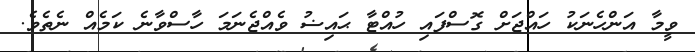
ވީމާ އަންހެނަކު ހައްޖަށް ގޮސްފައި ހުއްޓާ ޙައިޟު ވެއްޖެނަމަ ހާސްވާނެ ކަމެއް ނެތެވެ.